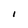
Character: I